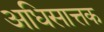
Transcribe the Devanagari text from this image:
अधिसात्तक